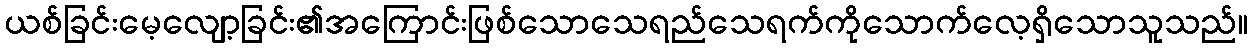
ယစ်ခြင်းမေ့လျော့ခြင်း၏အကြောင်းဖြစ်သောသေရည်သေရက်ကိုသောက်လေ့ရှိသောသူသည်။